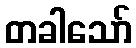
တခါသော်